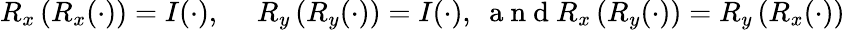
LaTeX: \begin{array}{rl}{R_{x}\left(R_{x}(\cdot)\right)=I(\cdot),\ }&{{}R_{y}\left(R_{y}(\cdot)\right)=I(\cdot),\ \mathrm{~a~n~d~}R_{x}\left(R_{y}(\cdot)\right)=R_{y}\left(R_{x}(\cdot)\right)}\end{array}